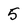
Character: 5